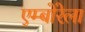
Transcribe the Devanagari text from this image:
एम्बोरेला